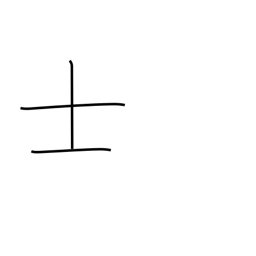
Meaning: gentleman